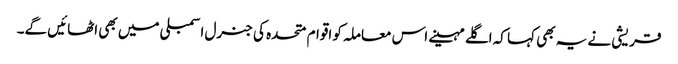
قریشی نے یہ بھی کہا کہ اگلے مہینے اس معاملہ کو اقوام متحدہ کی جنرل اسمبلی میں بھی اٹھائیں گے۔